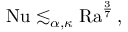
\mathrm { { N u } } \lesssim _ { \alpha , \kappa } \mathrm { { R a } } ^ { \frac 3 7 } \, ,